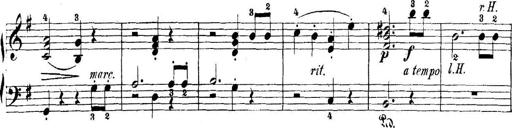
Title: 5 Sonatinas
Composer: Theodor Kirchner